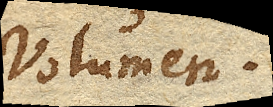
Volumen.